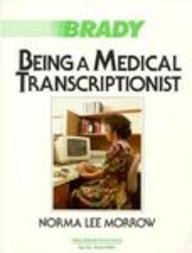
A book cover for Being a Medical Transcriptionist; Norma Lee Morrow; Medical Books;